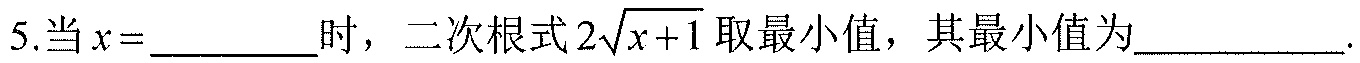
5.当$x = \_\_\_$时，二次根式$2\sqrt{x + 1}$取最小值，其最小值为$\_\_\_$.